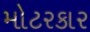
મોટરકાર